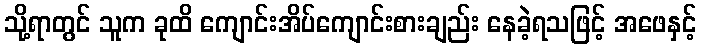
သို့ရာတွင် သူက ခုထိ ကျောင်းအိပ်ကျောင်းစားချည်း နေခဲ့ရသဖြင့် အဖေနှင့်